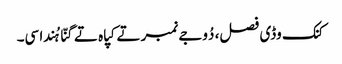
کنک وڈی فصل، دُوجے نمبر تے کپاہ تے گنّا ہُندا سی۔